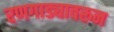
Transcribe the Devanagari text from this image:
रणगाड्यावरून